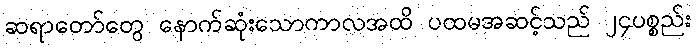
ဆရာတော်တွေ နောက်ဆုံးသောကာလအထိ ပထမအဆင့်သည် ၂၄ပစ္စည်း